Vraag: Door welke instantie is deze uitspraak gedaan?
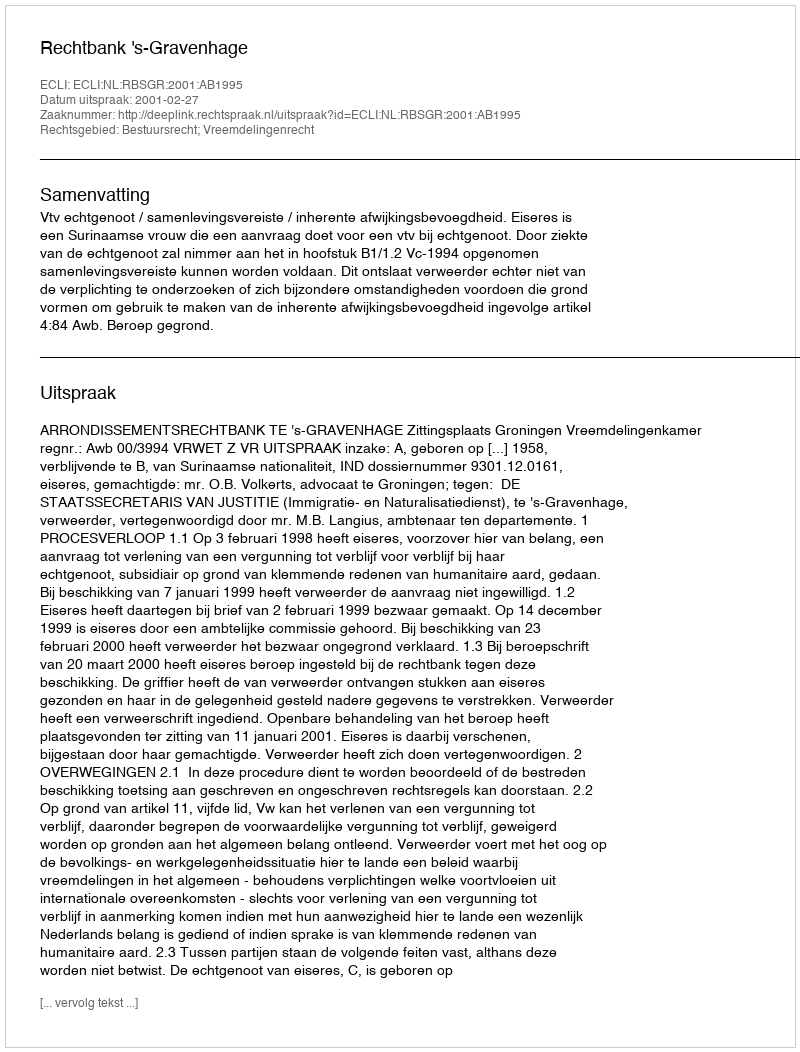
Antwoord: Rechtbank 's-Gravenhage